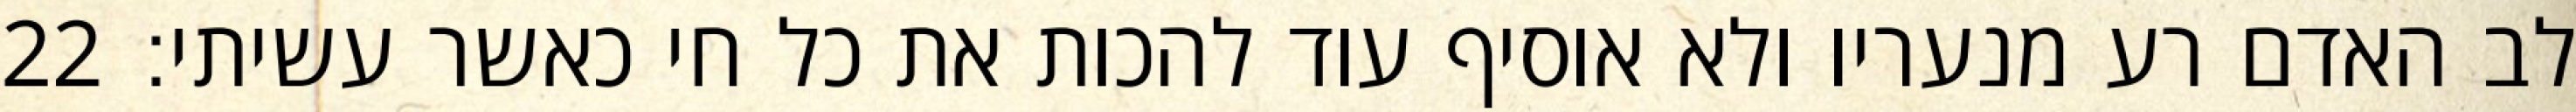
לב האדם רע מנעריו ולא אוסיף עוד להכות את כל חי כאשר עשיתי׃ ‎22‏